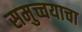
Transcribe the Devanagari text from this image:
समुच्चयाचा